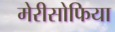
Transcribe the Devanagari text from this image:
मेरीसोफिया